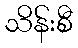
သိန်းစီ